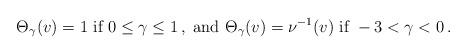
LaTeX: \begin{align*}\begin{aligned}\Theta_\gamma (v) = 1 \textrm{ if } 0 \leq \gamma \leq 1 \,, \textrm{ and } \Theta_\gamma (v) = \nu^{-1} (v) \textrm{ if } - 3 < \gamma < 0 \,.\end{aligned}\end{align*}